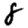
Digit: 8